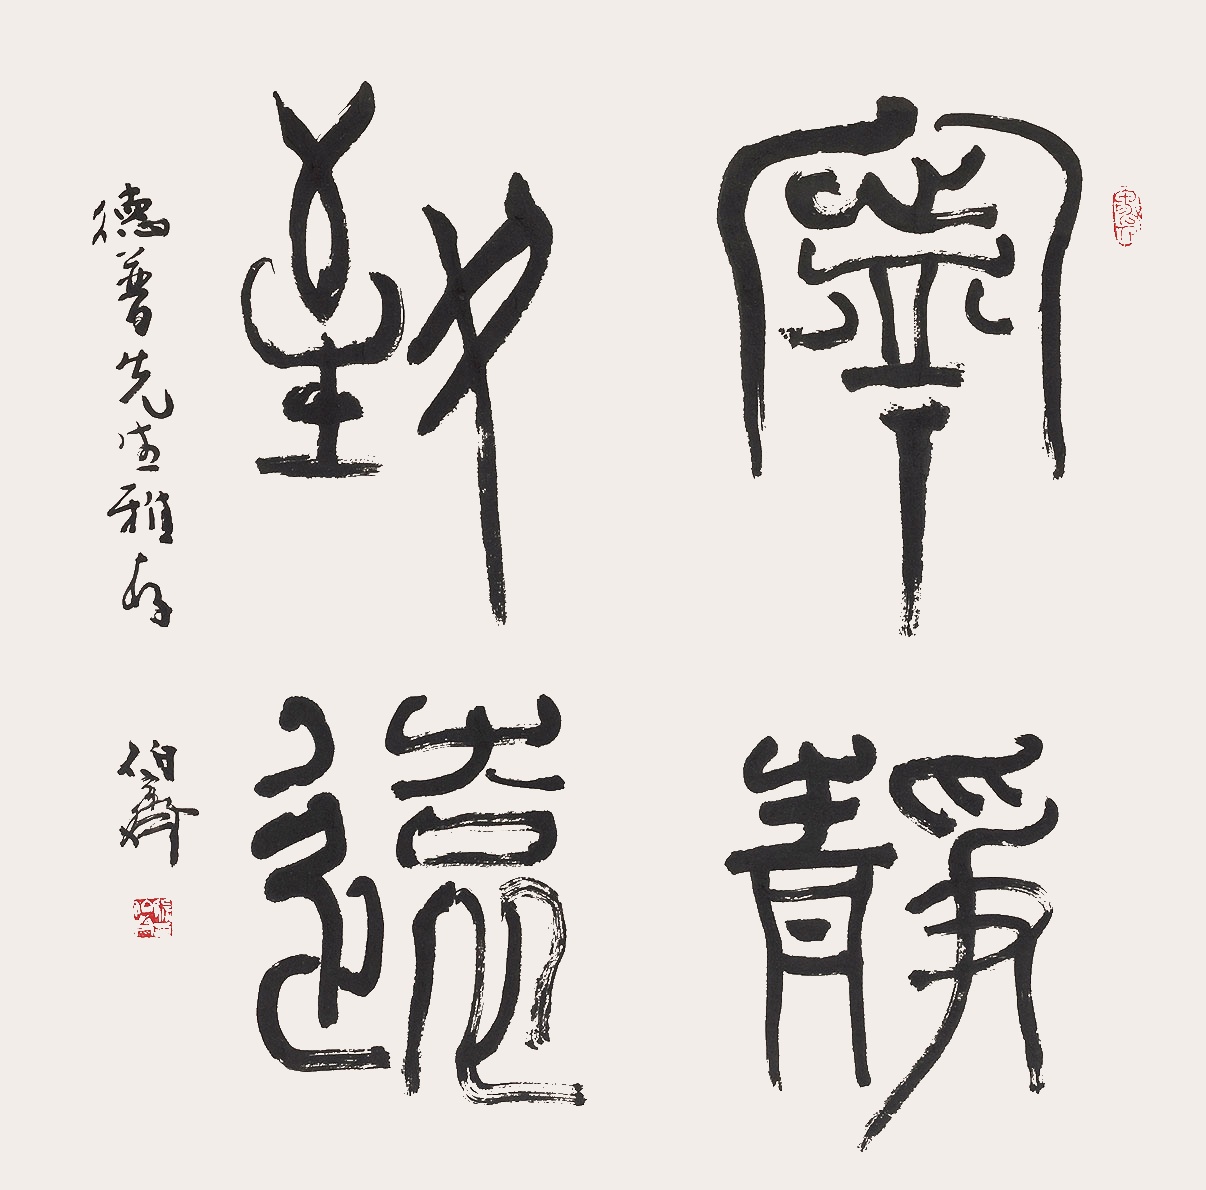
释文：宁静致远德普先生雅存。伯齐。